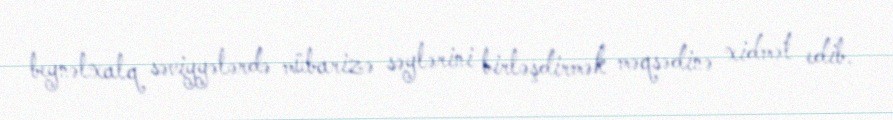
beynəlxalq səviyyələrdə mübarizə səylərini birləşdirmək məqsədinə xidmət edib.